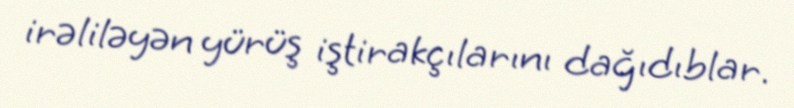
irəliləyən yürüş iştirakçılarını dağıdıblar.